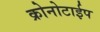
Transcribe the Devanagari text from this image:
क्रोनोटाईप